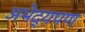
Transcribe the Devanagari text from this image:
अभेद्यपण